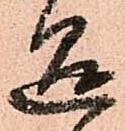
懸